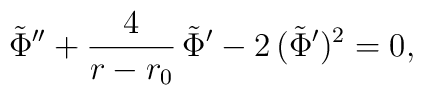
\tilde{\Phi}'' + {4 \over r - r_0} \, \tilde{\Phi}' - 2 \, (\tilde{\Phi}')^2 = 0,